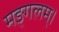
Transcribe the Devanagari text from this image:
मङ्गलम्।